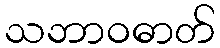
သဘာဝဓာတ်